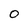
Character: 0